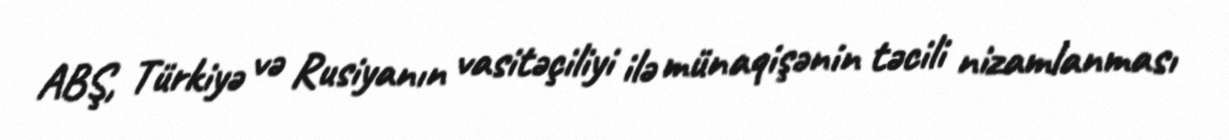
ABŞ, Türkiyə və Rusiyanın vasitəçiliyi ilə münaqişənin təcili nizamlanması